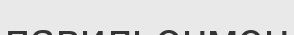
павильонмен